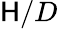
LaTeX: \mathsf{H}/D